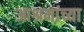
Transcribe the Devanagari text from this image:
आश्रमांच्या